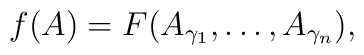
f(A) = F(A_{\gamma_1}, \dots, A_{\gamma_n}),